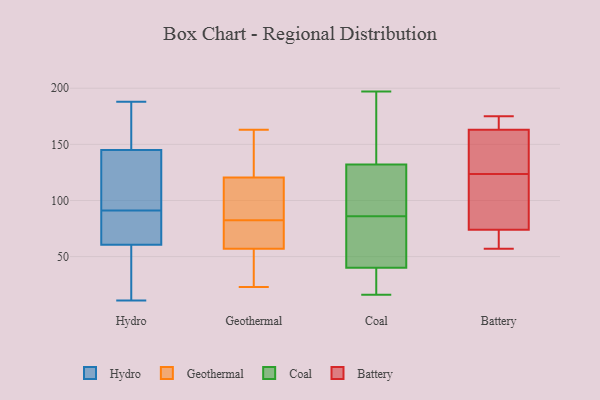
{"axis": {"x": "Shipments", "y": "Value"}, "legend": ["Battery", "Coal", "Geothermal", "Hydro"], "data": [{"x": "", "y": 136, "type": "Hydro"}, {"x": "", "y": 91, "type": "Hydro"}, {"x": "", "y": 50, "type": "Hydro"}, {"x": "", "y": 92, "type": "Hydro"}, {"x": "", "y": 80, "type": "Hydro"}, {"x": "", "y": 188, "type": "Hydro"}, {"x": "", "y": 85, "type": "Hydro"}, {"x": "", "y": 184, "type": "Hydro"}, {"x": "", "y": 144, "type": "Hydro"}, {"x": "", "y": 47, "type": "Hydro"}, {"x": "", "y": 11, "type": "Hydro"}, {"x": "", "y": 64, "type": "Hydro"}, {"x": "", "y": 148, "type": "Hydro"}, {"x": "", "y": 36, "type": "Geothermal"}, {"x": "", "y": 126, "type": "Geothermal"}, {"x": "", "y": 84, "type": "Geothermal"}, {"x": "", "y": 81, "type": "Geothermal"}, {"x": "", "y": 56, "type": "Geothermal"}, {"x": "", "y": 115, "type": "Geothermal"}, {"x": "", "y": 79, "type": "Geothermal"}, {"x": "", "y": 127, "type": "Geothermal"}, {"x": "", "y": 148, "type": "Geothermal"}, {"x": "", "y": 39, "type": "Geothermal"}, {"x": "", "y": 163, "type": "Geothermal"}, {"x": "", "y": 107, "type": "Geothermal"}, {"x": "", "y": 58, "type": "Geothermal"}, {"x": "", "y": 23, "type": "Geothermal"}, {"x": "", "y": 101, "type": "Geothermal"}, {"x": "", "y": 71, "type": "Geothermal"}, {"x": "", "y": 101, "type": "Coal"}, {"x": "", "y": 170, "type": "Coal"}, {"x": "", "y": 95, "type": "Coal"}, {"x": "", "y": 19, "type": "Coal"}, {"x": "", "y": 47, "type": "Coal"}, {"x": "", "y": 94, "type": "Coal"}, {"x": "", "y": 197, "type": "Coal"}, {"x": "", "y": 69, "type": "Coal"}, {"x": "", "y": 132, "type": "Coal"}, {"x": "", "y": 40, "type": "Coal"}, {"x": "", "y": 167, "type": "Coal"}, {"x": "", "y": 196, "type": "Coal"}, {"x": "", "y": 27, "type": "Coal"}, {"x": "", "y": 78, "type": "Coal"}, {"x": "", "y": 20, "type": "Coal"}, {"x": "", "y": 16, "type": "Coal"}, {"x": "", "y": 100, "type": "Coal"}, {"x": "", "y": 67, "type": "Coal"}, {"x": "", "y": 57, "type": "Battery"}, {"x": "", "y": 168, "type": "Battery"}, {"x": "", "y": 163, "type": "Battery"}, {"x": "", "y": 136, "type": "Battery"}, {"x": "", "y": 175, "type": "Battery"}, {"x": "", "y": 111, "type": "Battery"}, {"x": "", "y": 130, "type": "Battery"}, {"x": "", "y": 67, "type": "Battery"}, {"x": "", "y": 117, "type": "Battery"}, {"x": "", "y": 74, "type": "Battery"}]}